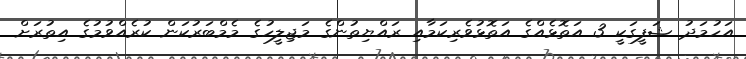
އަހުމަދު ޝަފީގަކީ 3 އަތޮޅެއްގެ އަތޮޅުވެރިކަމާއި ރައްޔިތުންގެ މަޖިލީހުގެ މެމްބަރުކަން ކުރެއްވުމުގެ އިތުރަށް